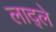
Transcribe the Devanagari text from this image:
लाद्ले